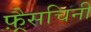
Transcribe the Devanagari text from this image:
फ़्रैसचिनी